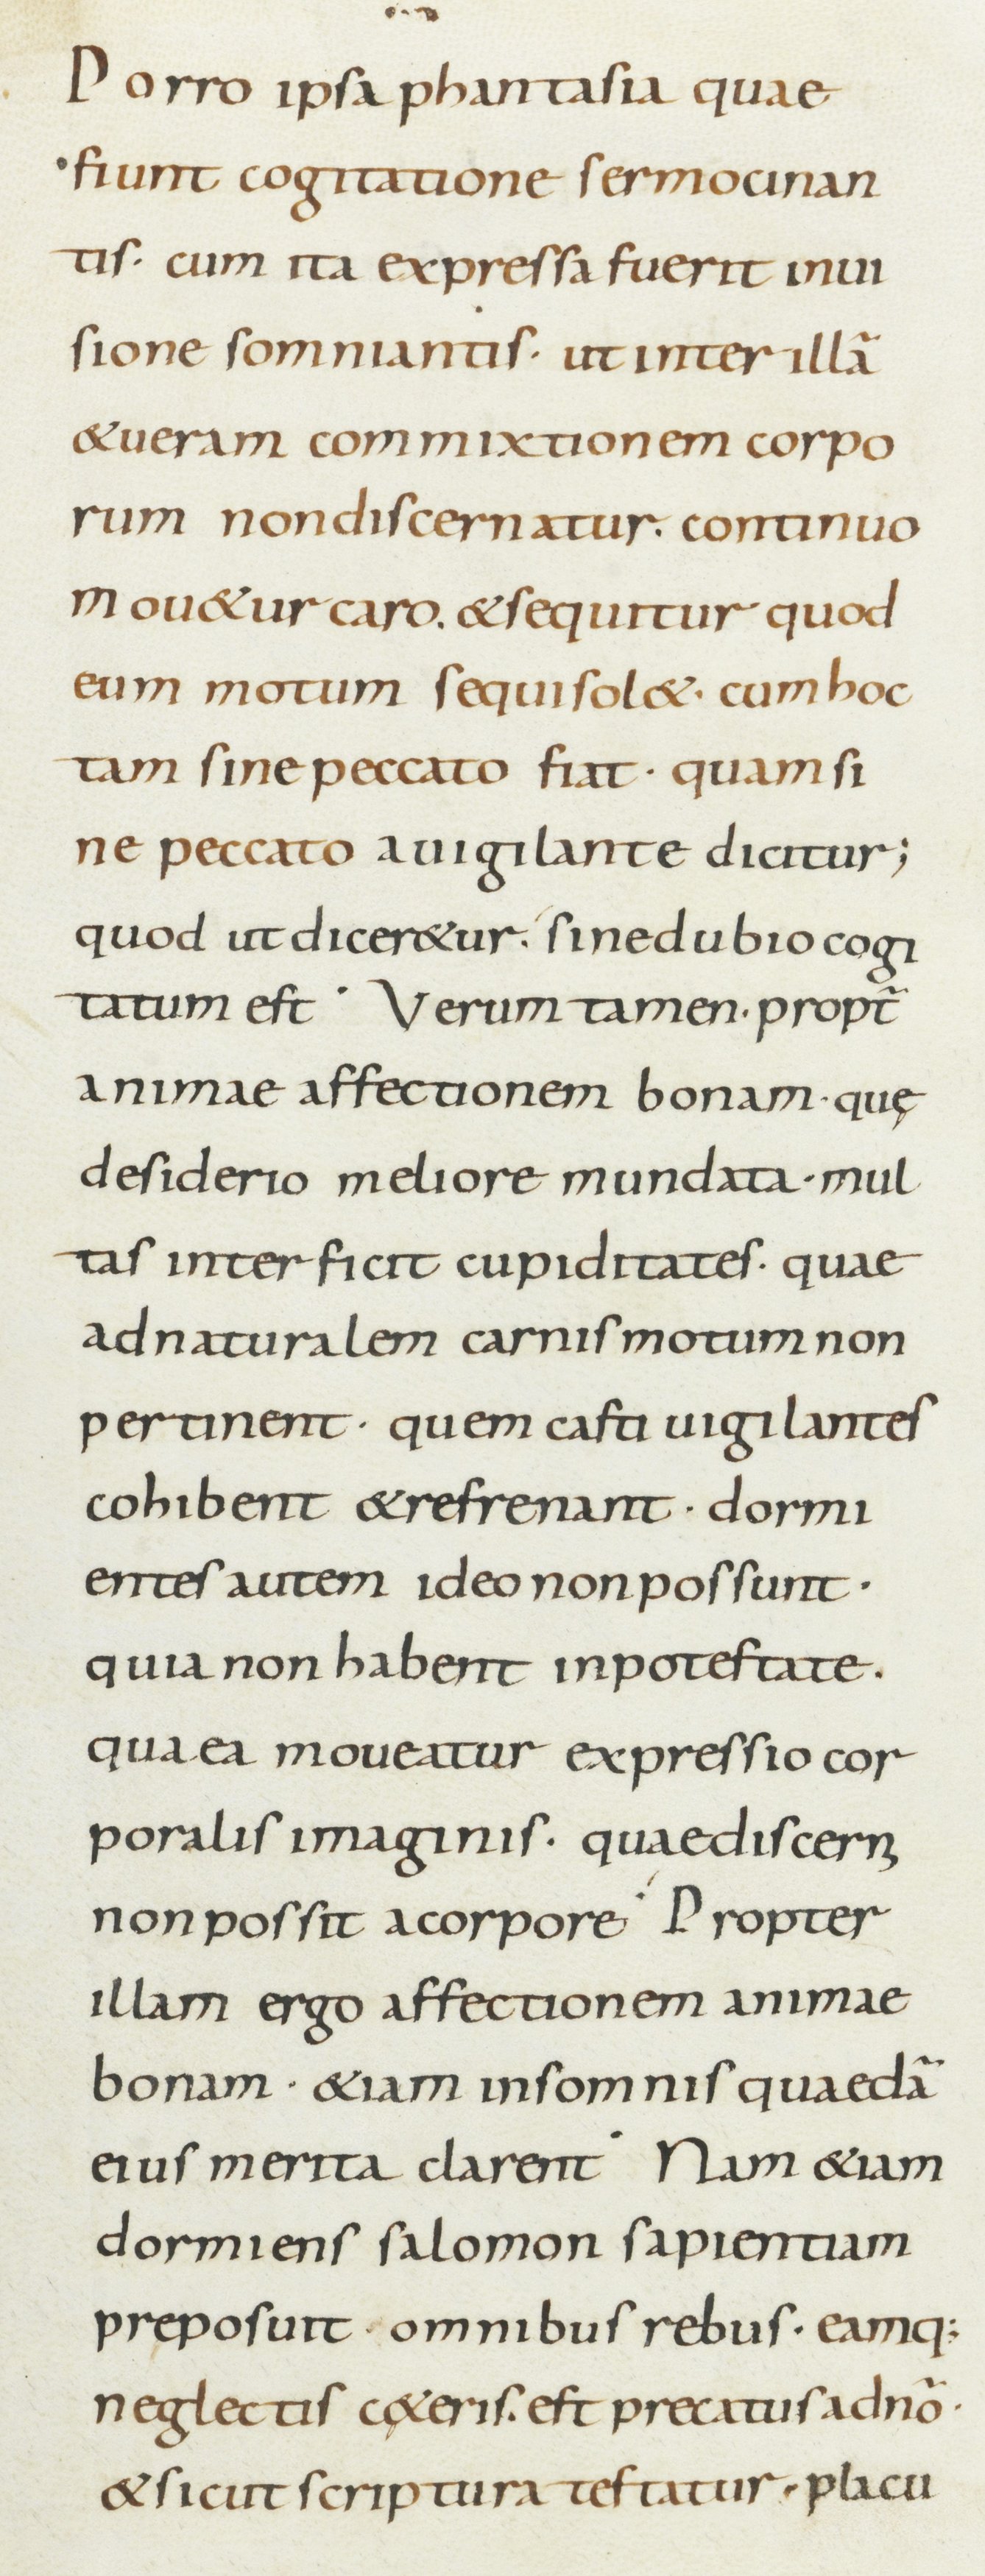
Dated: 800–899